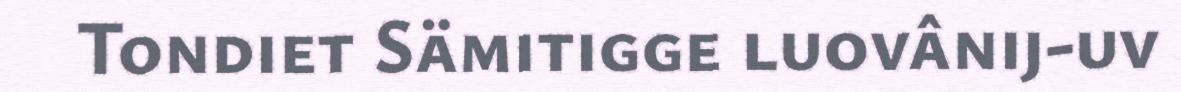
Tondiet Sämitigge luovânij-uv